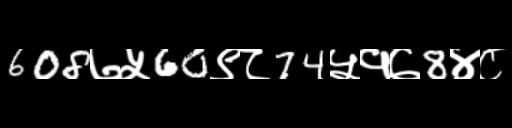
Text: 608७५60९८74५१७8४८